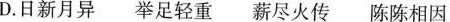
D.日新月异 举足轻重 薪尽火传 陈陈相因